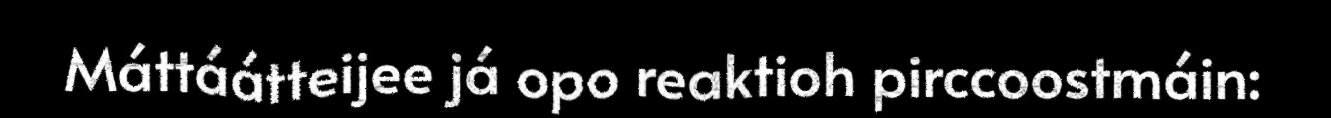
Máttáátteijee já opo reaktioh pirccoostmáin: